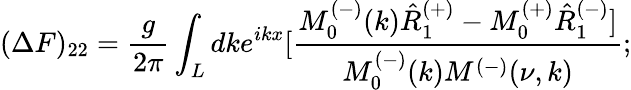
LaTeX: (\Delta F)_{22}=\frac{g}{2\pi}\int_{L}dke^{ikx}[\frac{M_{0}^{(-)}(k)\hat{R}_{1}^{(+)}-M_{0}^{(+)}\hat{R}_{1}^{(-)}]}{M_{0}^{(-)}(k)M^{(-)}(\nu,k)};